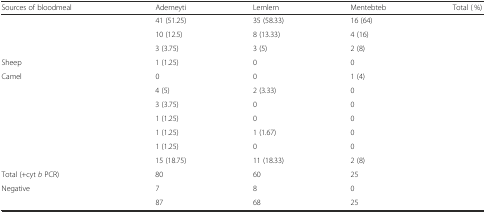
<table><thead><tr><td><b>Sources of bloodmeal</b></td><td><b>Ademeyti</b></td><td><b>Lemlem</b></td><td><b>Mentebteb</b></td><td><b>Total ( %)</b></td></tr></thead><tbody><tr><td>[EMPTY_CELL]</td><td>41 (51.25)</td><td>35 (58.33)</td><td>16 (64)</td><td>[EMPTY_CELL]</td></tr><tr><td>[EMPTY_CELL]</td><td>10 (12.5)</td><td>8 (13.33)</td><td>4 (16)</td><td>[EMPTY_CELL]</td></tr><tr><td>[EMPTY_CELL]</td><td>3 (3.75)</td><td>3 (5)</td><td>2 (8)</td><td>[EMPTY_CELL]</td></tr><tr><td>Sheep</td><td>1 (1.25)</td><td>0</td><td>0</td><td>[EMPTY_CELL]</td></tr><tr><td>Camel</td><td>0</td><td>0</td><td>1 (4)</td><td>[EMPTY_CELL]</td></tr><tr><td>[EMPTY_CELL]</td><td>4 (5)</td><td>2 (3.33)</td><td>0</td><td>[EMPTY_CELL]</td></tr><tr><td>[EMPTY_CELL]</td><td>3 (3.75)</td><td>0</td><td>0</td><td>[EMPTY_CELL]</td></tr><tr><td>[EMPTY_CELL]</td><td>1 (1.25)</td><td>0</td><td>0</td><td>[EMPTY_CELL]</td></tr><tr><td>[EMPTY_CELL]</td><td>1 (1.25)</td><td>1 (1.67)</td><td>0</td><td>[EMPTY_CELL]</td></tr><tr><td>[EMPTY_CELL]</td><td>1 (1.25)</td><td>0</td><td>0</td><td>[EMPTY_CELL]</td></tr><tr><td>[EMPTY_CELL]</td><td>15 (18.75)</td><td>11 (18.33)</td><td>2 (8)</td><td>[EMPTY_CELL]</td></tr><tr><td>Total (+cyt <i>b</i> PCR)</td><td>80</td><td>60</td><td>25</td><td>[EMPTY_CELL]</td></tr><tr><td>Negative</td><td>7</td><td>8</td><td>0</td><td>[EMPTY_CELL]</td></tr><tr><td>[EMPTY_CELL]</td><td>87</td><td>68</td><td>25</td><td>[EMPTY_CELL]</td></tr></tbody></table>